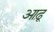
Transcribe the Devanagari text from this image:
आढ़ू